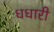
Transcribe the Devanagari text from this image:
धधारी